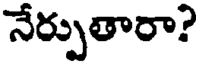
నేర్పుతారా?